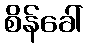
စိန်ခေါ်